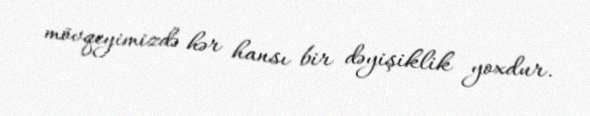
mövqeyimizdə hər hansı bir dəyişiklik yoxdur.